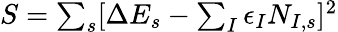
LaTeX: \begin{array}{r}{S=\sum_{s}[\Delta E_{s}-\sum_{I}\epsilon_{I}N_{I,s}]^{2}}\end{array}